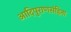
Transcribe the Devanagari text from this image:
आदिपुराणसंहिता